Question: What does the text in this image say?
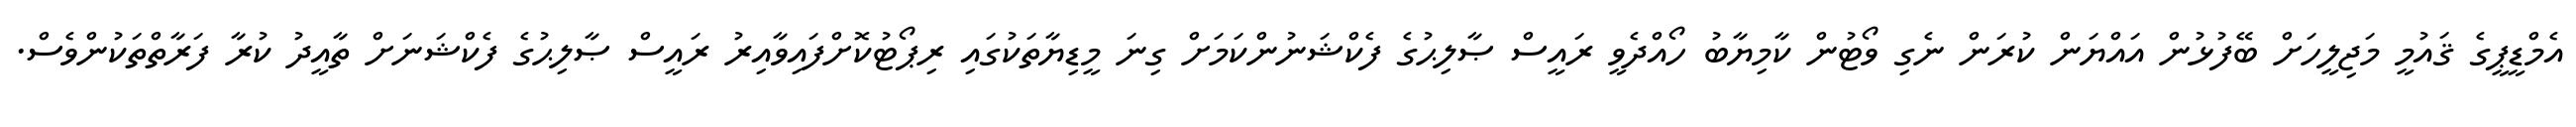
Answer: އެމްޑީޕީގެ ޤައުމީ މަޖިލީހަށް ބޭފުޅުން އައްޔަން ކުރަން ނެގި ވޯޓުން ކާމިޔާބު ހޯއްދެވީ ރައީސް ޞާލިޙުގެ ފެކްޝަނުންކަމަށް ގިނަ މީޑިޔާތަކުގައި ރިޕޯޓުކޮށްފައިވާއިރު ރައީސް ޞާލިޙުގެ ފެކްޝަނަށް ތާއީދު ކުރާ ފަރާތްތަކުންވެސް.